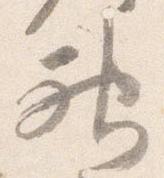
神